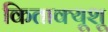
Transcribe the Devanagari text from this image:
किताक्यूशू